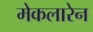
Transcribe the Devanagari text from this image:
मेकलारेन